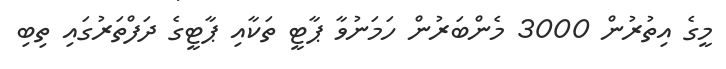
މީގެ އިތުރުން 3000 މެންބަރުން ހަަމަނުވާ ޕާޓީ ތަކާއި ޕާޓީގެ ދަފްތަރުގައި ތިބި